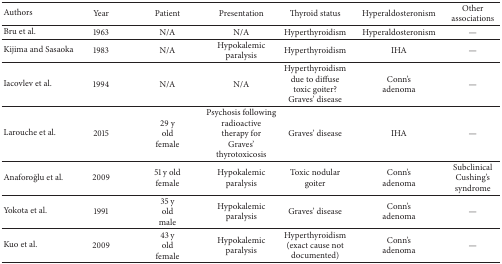
<table><thead><tr><td><b>Authors</b></td><td><b>Year</b></td><td><b>Patient</b></td><td><b>Presentation</b></td><td><b>Thyroid status</b></td><td><b>Hyperaldosteronism</b></td><td><b>Other associations</b></td></tr></thead><tbody><tr><td>Bru et al.</td><td>1963</td><td>N/A</td><td>N/A</td><td>Hyperthyroidism</td><td>Hyperaldosteronism</td><td>—</td></tr><tr><td>Kijima and Sasaoka</td><td>1983</td><td>N/A</td><td>Hypokalemicparalysis</td><td>Hyperthyroidism</td><td>IHA</td><td>—</td></tr><tr><td>Iacovlev et al.</td><td>1994</td><td>N/A</td><td>N/A</td><td>Hyperthyroidismdue to diffusetoxic goiter?Graves&#x27; disease</td><td>Conn&#x27;sadenoma</td><td>—</td></tr><tr><td>Larouche et al.</td><td>2015</td><td>29 yoldfemale</td><td>Psychosis followingradioactivetherapy forGraves&#x27;thyrotoxicosis</td><td>Graves&#x27; disease</td><td>IHA</td><td>—</td></tr><tr><td>Anaforoğlu et al.</td><td>2009</td><td>51 y oldfemale</td><td>Hypokalemicparalysis</td><td>Toxic nodulargoiter</td><td>Conn&#x27;sadenoma</td><td>SubclinicalCushing&#x27;ssyndrome</td></tr><tr><td>Yokota et al.</td><td>1991</td><td>35 yoldmale</td><td>Hypokalemicparalysis</td><td>Graves&#x27; disease</td><td>Conn&#x27;sadenoma</td><td>—</td></tr><tr><td>Kuo et al.</td><td>2009</td><td>43 yoldfemale</td><td>Hypokalemicparalysis</td><td>Hyperthyroidism(exact cause notdocumented)</td><td>Conn&#x27;sadenoma</td><td>—</td></tr></tbody></table>